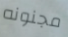
مجنونه